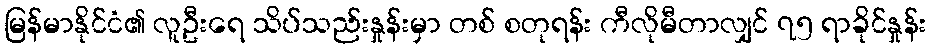
မြန်မာနိုင်ငံ၏ လူဦးရေ သိပ်သည်းနှုန်းမှာ တစ် စတုရန်း ကီလိုမီတာလျှင် ၇၅ ရာခိုင်နှုန်း